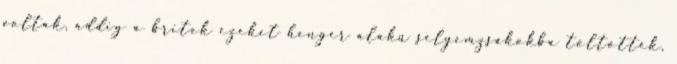
voltak, addig a britek ezeket henger alakú selyemzsákokba töltötték,